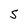
Character: S